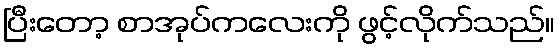
ပြီးတော့ စာအုပ်ကလေးကို ဖွင့်လိုက်သည်။